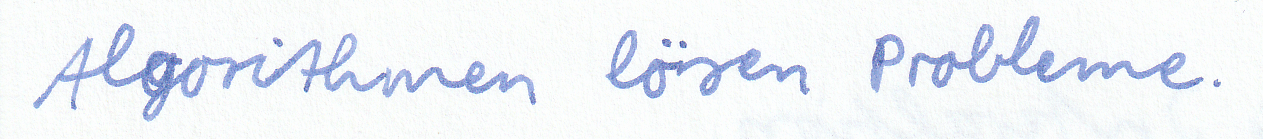
Algorithmen lösen Probleme.